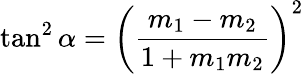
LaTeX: \tan^{2}\alpha=\left({\frac{m_{1}-m_{2}}{1+m_{1}m_{2}}}\right)^{2}